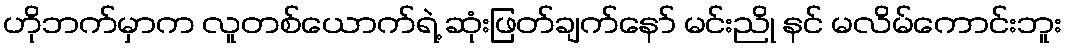
ဟိုဘက်မှာက လူတစ်ယောက်ရဲ့ ဆုံးဖြတ်ချက်နော် မင်းညို နင် မလိမ်ကောင်းဘူး